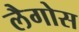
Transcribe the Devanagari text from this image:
लैगोस